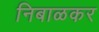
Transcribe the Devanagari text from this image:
निबाळकर